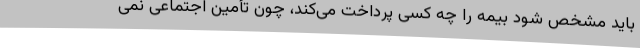
باید مشخص شود بیمه را چه کسی پرداخت می‌کند، چون تأمین اجتماعی نمی